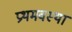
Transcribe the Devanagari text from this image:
प्रथमवस्था